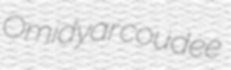
Omidyar coudee